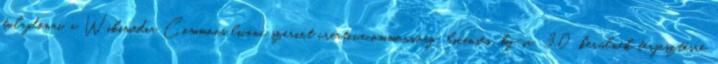
tulajdonai, a Wikimedia Commons licenc szerint creativecommons.org licenses by-sa 3.0 kerülnek terjesztésre